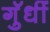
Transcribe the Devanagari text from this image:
गुॅधीं